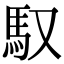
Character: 馭